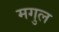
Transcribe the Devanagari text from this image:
मगुल